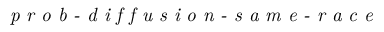
\textit { p r o b - d i f f u s i o n - s a m e - r a c e }